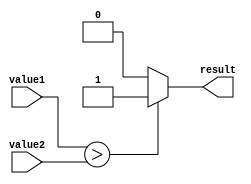
module greater_than_comparator(input [7:0] value1, value2, output reg result);

always @* begin
    if (value1 > value2) begin
        result = 1;
    end else begin
        result = 0;
    end
end

endmodule